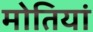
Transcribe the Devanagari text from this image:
मोतियां